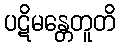
ပဋိမန္တေတူတိ